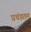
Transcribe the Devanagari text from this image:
प्रचंडतम